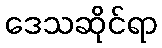
ဒေသဆိုင်ရာ